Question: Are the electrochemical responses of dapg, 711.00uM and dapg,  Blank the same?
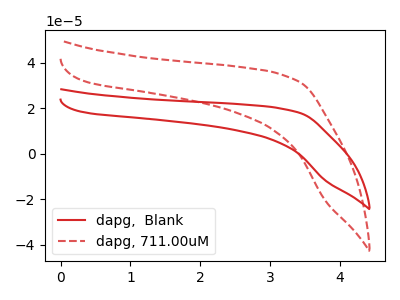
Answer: <think>The red curve "dapg,  Blank" has no peaks. The red dashed curve "dapg, 711.00uM" has no peaks.
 Neither "dapg, 711.00uM" or "dapg,  Blank" have any peaks.</think>
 <answer>"dapg, 711.00uM" and "dapg,  Blank" are similar in shape.</answer>
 <eval>same_shape</eval>